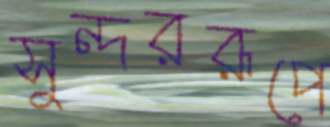
সুন্দররূপে